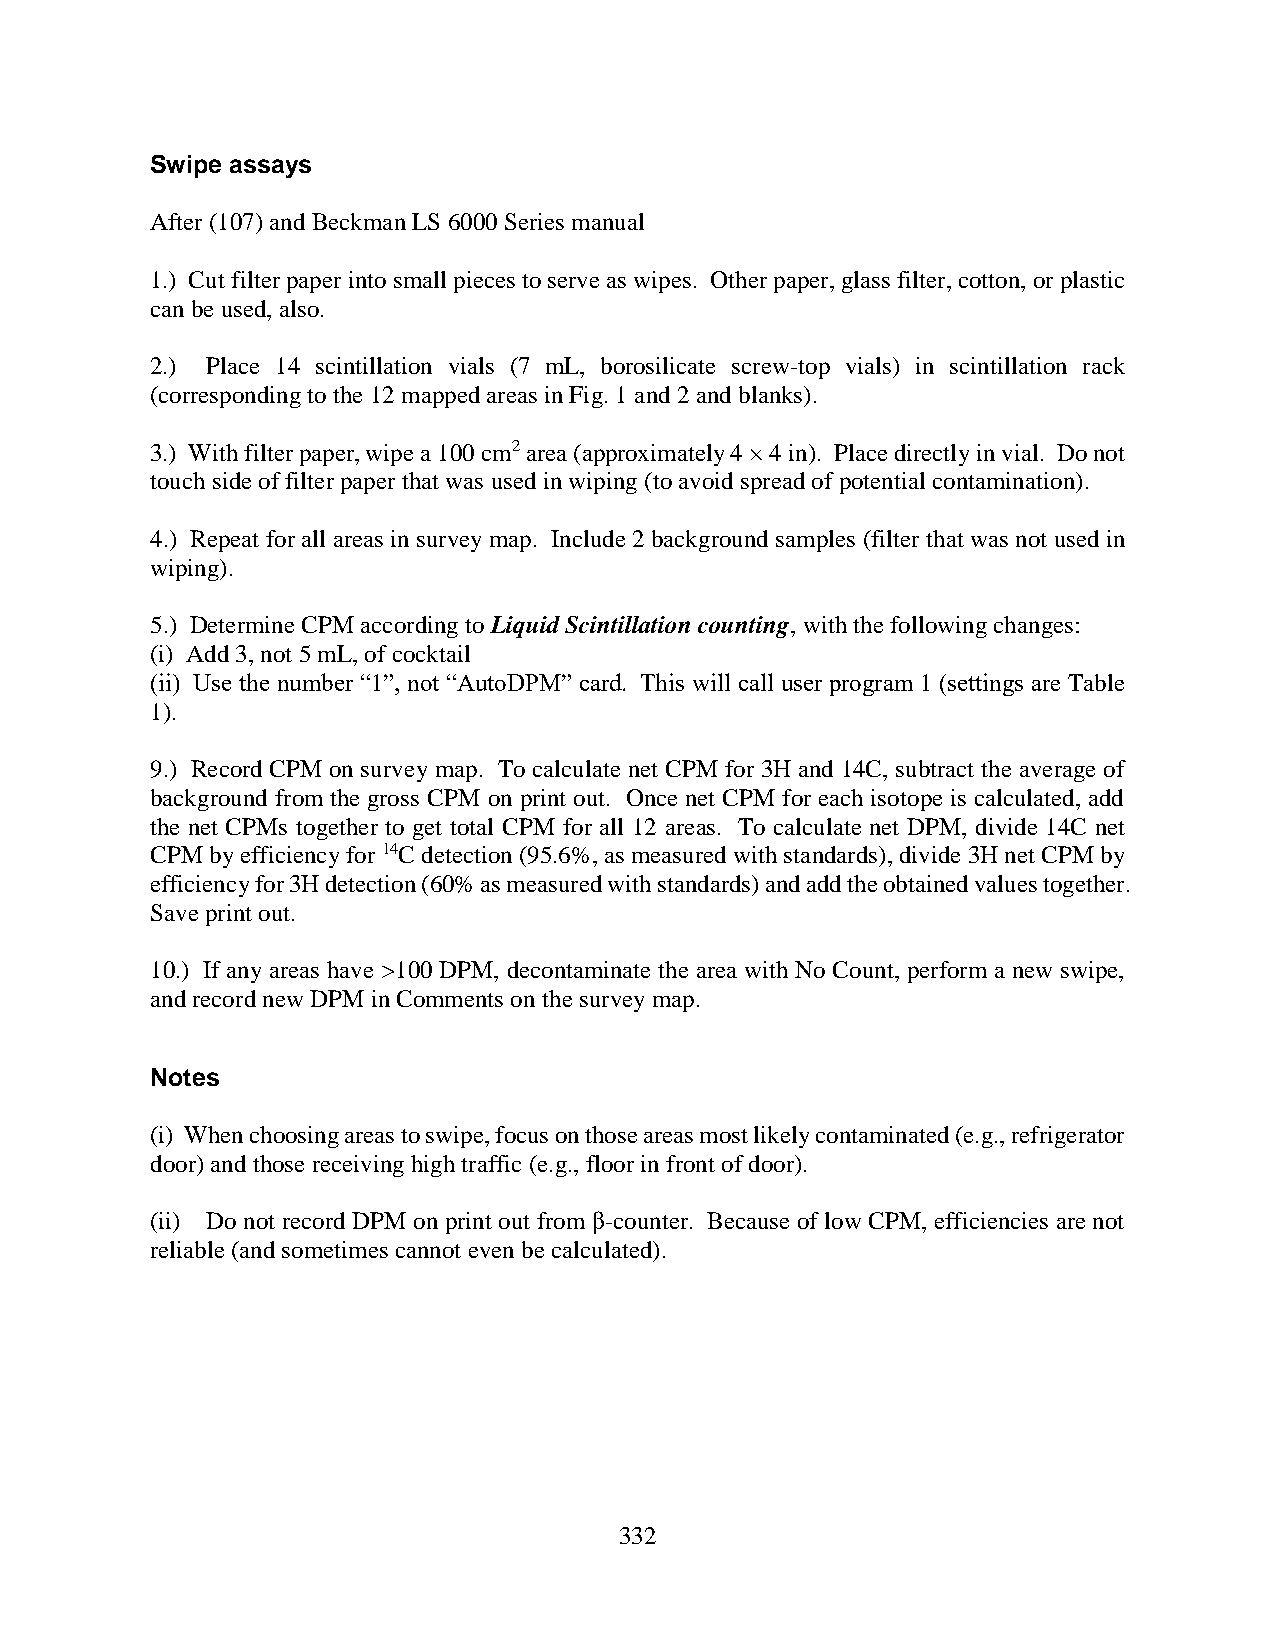
Swipe assays
 After (107) and Beckman LS 6000 Series manual
 1.) Cut filter paper into small pieces to serve as wipes. Other paper, glass filter, cotton, or plastic
 can be used, also.
 2.) Place 14 scintillation vials (7 mL, borosilicate screw-top vials) in scintillation rack
 (corresponding to the 12 mapped areas in Fig. 1 and 2 and blanks).
 3.) With filter paper, wipe a 100 cm2 area (approximately 4 × 4 in). Place directly in vial. Do not
 touch side of filter paper that was used in wiping (to avoid spread of potential contamination).
 4.) Repeat for all areas in survey map. Include 2 background samples (filter that was not used in
 wiping).
 5.) Determine CPM according to Liquid Scintillation counting, with the following changes:
 (i) Add 3, not 5 mL, of cocktail
 (ii) Use the number “1”, not “AutoDPM” card. This will call user program 1 (settings are Table
 1).
 9.) Record CPM on survey map. To calculate net CPM for 3H and 14C, subtract the average of
 background from the gross CPM on print out. Once net CPM for each isotope is calculated, add
 the net CPMs together to get total CPM for all 12 areas. To calculate net DPM, divide 14C net
 CPM by efficiency for 14C detection (95.6%, as measured with standards), divide 3H net CPM by
 efficiency for 3H detection (60% as measured with standards) and add the obtained values together.
 Save print out.
 10.) If any areas have >100 DPM, decontaminate the area with No Count, perform a new swipe,
 and record new DPM in Comments on the survey map.
 Notes
 (i) When choosing areas to swipe, focus on those areas most likely contaminated (e.g., refrigerator
 door) and those receiving high traffic (e.g., floor in front of door).
 (ii) Do not record DPM on print out from β-counter. Because of low CPM, efficiencies are not
 reliable (and sometimes cannot even be calculated).
 332